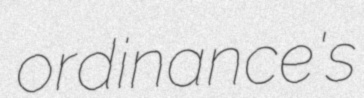
ordinance's